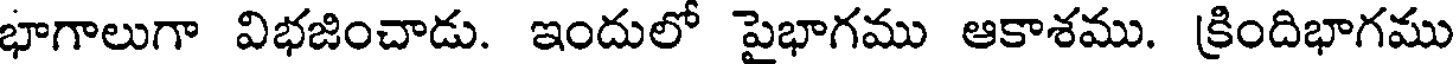
భాగాలుగా విభజించాడు. ఇందులో పైభాగము ఆకాశము. క్రిందిభాగము